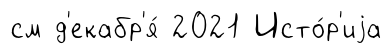
см д'екабр'я́ 2021 Исто́р'иjа